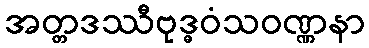
အတ္တဒဿီဗုဒ္ဓဝံသဝဏ္ဏနာ